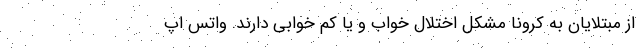
از مبتلایان به کرونا مشکل اختلال خواب و یا کم خوابی دارند. واتس اپ